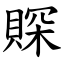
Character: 賝